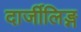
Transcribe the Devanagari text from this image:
दार्जीलिङ्ग